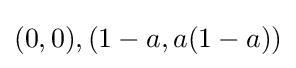
(0,0),(1-a,a(1-a))